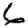
Digit: 6